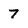
Character: 7